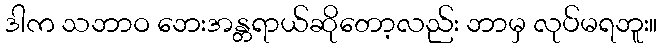
ဒါက သဘာဝ ဘေးအန္တရာယ်ဆိုတော့လည်း ဘာမှ လုပ်မရဘူး။